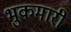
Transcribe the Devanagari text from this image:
भुकमारी